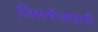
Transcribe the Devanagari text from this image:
जिसमेंजापानी